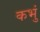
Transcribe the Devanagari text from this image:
कभुं